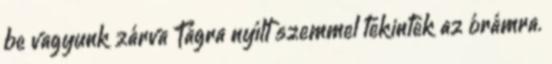
be vagyunk zárva Tágra nyílt szemmel tekintek az órámra.